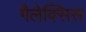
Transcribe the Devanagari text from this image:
गैलेक्सिस